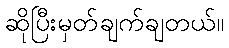
ဆိုပြီးမှတ်ချက်ချတယ်။